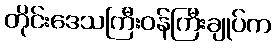
တိုင်းဒေသကြီးဝန်ကြီးချုပ်က